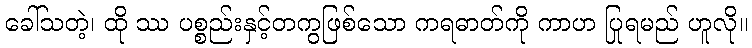
ခေါ်သတဲ့၊ ထို ဿ ပစ္စည်းနှင့်တကွဖြစ်သော ကရဓာတ်ကို ကာဟ ပြုရမည် ဟူလို။